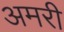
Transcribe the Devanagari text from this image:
अमरी